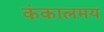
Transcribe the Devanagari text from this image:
कंकालमय